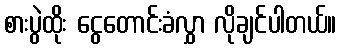
စားပွဲထိုး ငွေတောင်းခံလွှာ လိုချင်ပါတယ်။